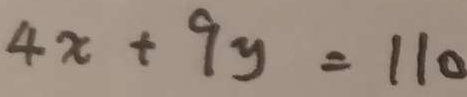
4 x + 9 y = 1 1 0